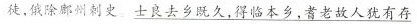
徒，俄除鄜州史。\underline{士良去乡既久，得临本乡，耆老故人犹有存}